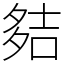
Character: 夡